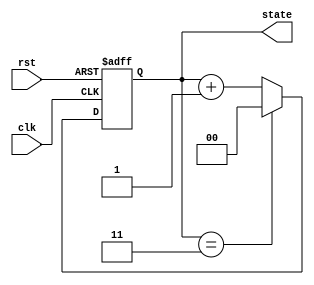
`timescale 1ns / 1ps
//////////////////////////////////////////////////////////////////////////////////
// Company: 
// Engineer: 
// 
// Design Name: 
// Module Name: Upcounter
// Project Name: 
// Target Devices: 
// Tool Versions: 
// Description: 
// 
// Dependencies: 
// 
// Revision:
// Revision 0.01 - File Created
// Additional Comments:
// 
//////////////////////////////////////////////////////////////////////////////////


module Upcounter(clk,rst,state);
input clk, rst;
output reg [1:0] state;

always @(negedge rst or posedge clk) begin
    if(!rst) state <= 2'b00;
    else begin
        if(state==2'b11) state <=2'b00;
        else begin state <= state +1; end
    end    
end

endmodule